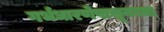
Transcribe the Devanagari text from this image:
गर्भधारणेपासूनच्या